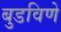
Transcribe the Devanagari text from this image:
बुडविणे